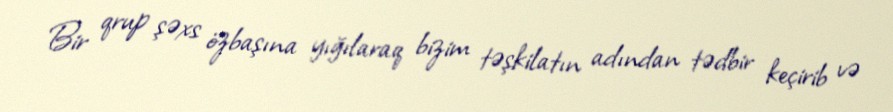
Bir qrup şəxs özbaşına yığılaraq bizim təşkilatın adından tədbir keçirib və